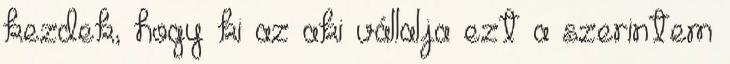
kezdek, hogy ki az aki vállalja ezt a szerintem